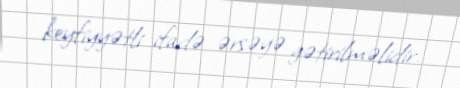
keyfiyyətli ifadə ərsəyə gətirilməlidir.